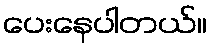
ပေးနေပါတယ်။